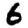
Digit: 6